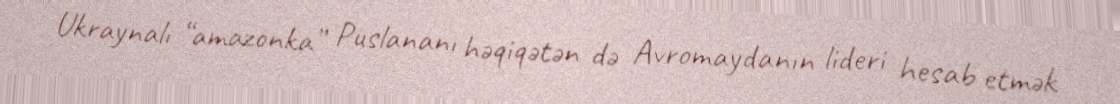
Ukraynalı “amazonka” Puslananı həqiqətən də Avromaydanın lideri hesab etmək